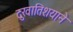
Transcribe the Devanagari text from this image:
दुःखातिशयाने